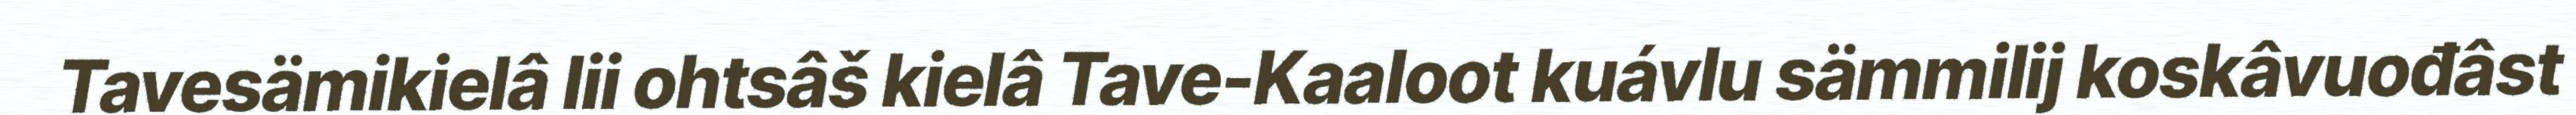
Tavesämikielâ lii ohtsâš kielâ Tave-Kaaloot kuávlu sämmilij koskâvuođâst